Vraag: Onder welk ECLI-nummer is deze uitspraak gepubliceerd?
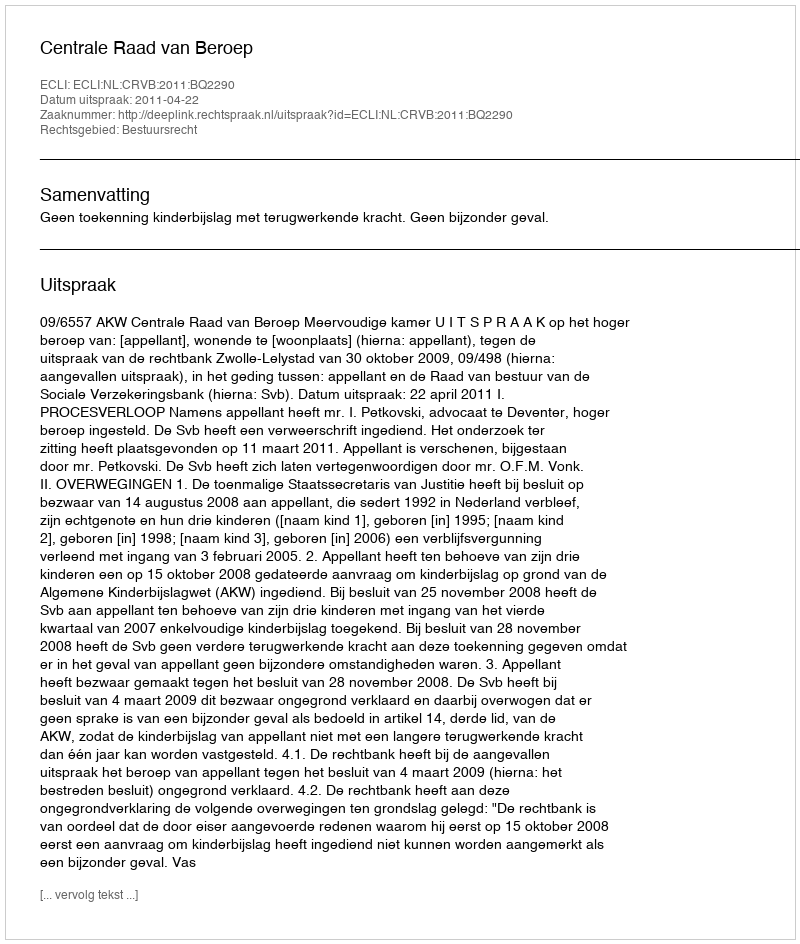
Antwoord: ECLI:NL:CRVB:2011:BQ2290